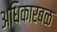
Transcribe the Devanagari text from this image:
अधिकारबळ